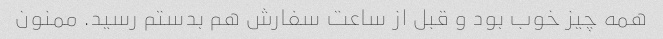
همه چیز خوب بود و قبل از ساعت سفارش هم بدستم رسید. ممنون